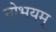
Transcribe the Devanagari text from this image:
नोभयम्